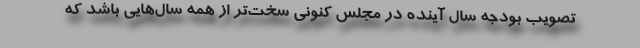
تصویب بودجه سال آینده در مجلس کنونی سخت‌تر از همه سال‌هایی باشد که